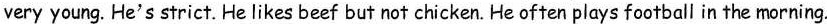
very young. He's strict. He likes beef but not chicken. He often plays football in the morning.